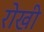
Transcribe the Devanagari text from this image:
रोखी